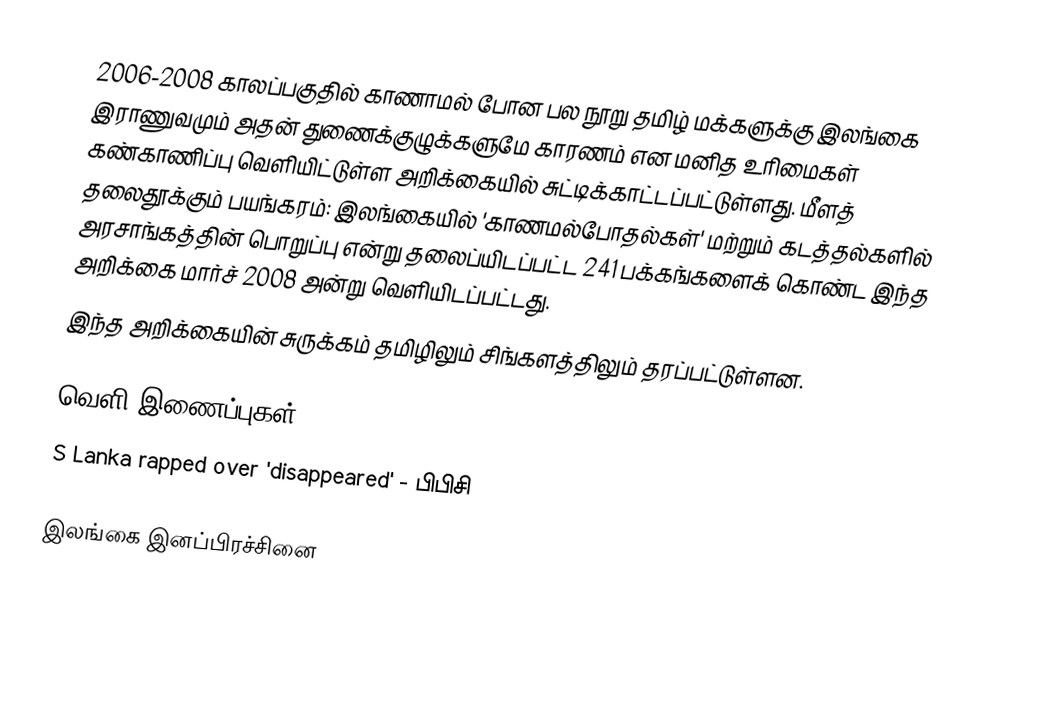
2006-2008 காலப்பகுதில் காணாமல் போன பல நூறு தமிழ் மக்களுக்கு இலங்கை இராணுவமும் அதன் துணைக்குழுக்களுமே காரணம் என மனித உரிமைகள் கண்காணிப்பு வெளியிட்டுள்ள அறிக்கையில் சுட்டிக்காட்டப்பட்டுள்ளது. மீளத் தலைதூக்கும் பயங்கரம்: இலங்கையில் 'காணமல்போதல்கள்' மற்றும் கடத்தல்களில் அரசாங்கத்தின் பொறுப்பு  என்று தலைப்யிடப்பட்ட 241 பக்கங்களைக் கொண்ட இந்த அறிக்கை மார்ச் 2008 அன்று வெளியிடப்பட்டது.
இந்த அறிக்கையின் சுருக்கம் தமிழிலும் சிங்களத்திலும் தரப்பட்டுள்ளன.

வெளி இணைப்புகள்
 S Lanka rapped over 'disappeared'  - பிபிசி

இலங்கை இனப்பிரச்சினை